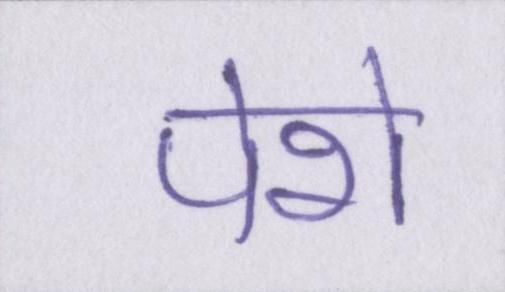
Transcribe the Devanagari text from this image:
पेशे